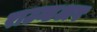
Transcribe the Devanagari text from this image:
राउन्डअप